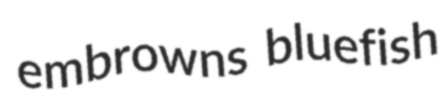
embrowns bluefish